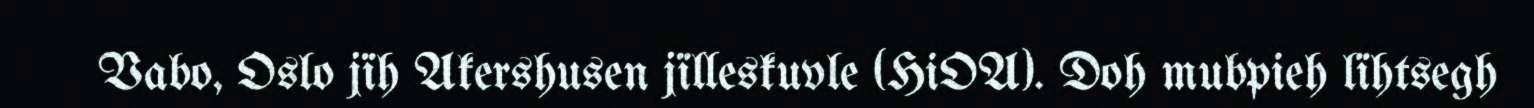
Vabo, Oslo jïh Akershusen jïlleskuvle (HiOA). Doh mubpieh lïhtsegh